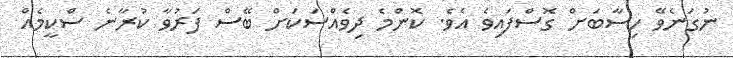
ނުގަނެވޭ ހިސާބަށް ގޮސްފައިވެ އެވެ. ކޮންމެ ދިވެއްސަކަށް ބޭސް ފަރުވާ ކުރާނެ ސްކީމެއް